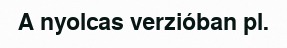
A nyolcas verzióban pl.